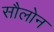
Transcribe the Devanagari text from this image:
सौलोन